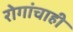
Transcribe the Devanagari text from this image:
रोगांचाही